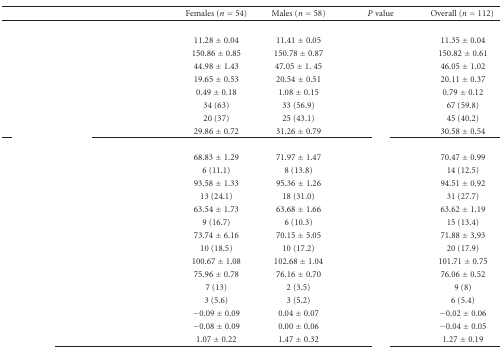
<table><thead><tr><td>[EMPTY_CELL]</td><td><b>Females (<i>n</i> = 54)</b></td><td><b>Males (<i>n</i> = 58)</b></td><td><b><i>P</i> value</b></td><td><b>Overall (<i>n</i> = 112) </b></td></tr></thead><tbody><tr><td>[EMPTY_CELL]</td><td>[EMPTY_CELL]</td><td>[EMPTY_CELL]</td><td>[EMPTY_CELL]</td><td>[EMPTY_CELL]</td></tr><tr><td>[EMPTY_CELL]</td><td>11.28 ± 0.04</td><td>11.41 ± 0.05</td><td>[EMPTY_CELL]</td><td>11.35 ± 0.04</td></tr><tr><td>[EMPTY_CELL]</td><td>150.86 ± 0.85</td><td>150.78 ± 0.87</td><td>[EMPTY_CELL]</td><td>150.82 ± 0.61</td></tr><tr><td>[EMPTY_CELL]</td><td>44.98 ± 1.43</td><td>47.05 ± 1. 45</td><td>[EMPTY_CELL]</td><td>46.05 ± 1.02</td></tr><tr><td>[EMPTY_CELL]</td><td>19.65 ± 0.53</td><td>20.54 ± 0.51</td><td>[EMPTY_CELL]</td><td>20.11 ± 0.37</td></tr><tr><td>[EMPTY_CELL]</td><td>0.49 ± 0.18</td><td>1.08 ± 0.15</td><td>[EMPTY_CELL]</td><td>0.79 ± 0.12</td></tr><tr><td>[EMPTY_CELL]</td><td>34 (63)</td><td>33 (56.9)</td><td>[EMPTY_CELL]</td><td>67 (59.8)</td></tr><tr><td>[EMPTY_CELL]</td><td>20 (37)</td><td>25 (43.1)</td><td>[EMPTY_CELL]</td><td>45 (40.2)</td></tr><tr><td>[EMPTY_CELL]</td><td> 29.86 ± 0.72</td><td>31.26 ± 0.79</td><td>[EMPTY_CELL]</td><td>30.58 ± 0.54</td></tr><tr><td>[EMPTY_CELL]</td><td>[EMPTY_CELL]</td><td>[EMPTY_CELL]</td><td>[EMPTY_CELL]</td><td>[EMPTY_CELL]</td></tr><tr><td>[EMPTY_CELL]</td><td>68.83 ± 1.29</td><td>71.97 ± 1.47</td><td>[EMPTY_CELL]</td><td>70.47 ± 0.99</td></tr><tr><td>[EMPTY_CELL]</td><td>6 (11.1)</td><td>8 (13.8)</td><td>[EMPTY_CELL]</td><td>14 (12.5)</td></tr><tr><td>[EMPTY_CELL]</td><td>93.58 ± 1.33</td><td>95.36 ± 1.26</td><td>[EMPTY_CELL]</td><td>94.51 ± 0.92</td></tr><tr><td>[EMPTY_CELL]</td><td>13 (24.1)</td><td> 18 (31.0)</td><td>[EMPTY_CELL]</td><td>31 (27.7)</td></tr><tr><td>[EMPTY_CELL]</td><td>63.54 ± 1.73</td><td>63.68 ± 1.66</td><td>[EMPTY_CELL]</td><td>63.62 ± 1.19</td></tr><tr><td>[EMPTY_CELL]</td><td>9 (16.7)</td><td> 6 (10.3)</td><td>[EMPTY_CELL]</td><td>15 (13.4)</td></tr><tr><td>[EMPTY_CELL]</td><td>73.74 ± 6.16</td><td>70.15 ± 5.05</td><td>[EMPTY_CELL]</td><td>71.88 ± 3.93</td></tr><tr><td>[EMPTY_CELL]</td><td>10 (18.5)</td><td> 10 (17.2)</td><td>[EMPTY_CELL]</td><td>20 (17.9)</td></tr><tr><td>[EMPTY_CELL]</td><td>100.67 ± 1.08</td><td>102.68 ± 1.04</td><td>[EMPTY_CELL]</td><td>101.71 ± 0.75</td></tr><tr><td>[EMPTY_CELL]</td><td>75.96 ± 0.78</td><td>76.16 ± 0.70</td><td>[EMPTY_CELL]</td><td>76.06 ± 0.52</td></tr><tr><td>[EMPTY_CELL]</td><td>7 (13)</td><td>2 (3.5)</td><td>[EMPTY_CELL]</td><td>9 (8)</td></tr><tr><td>[EMPTY_CELL]</td><td>3 (5.6)</td><td>3 (5.2)</td><td>[EMPTY_CELL]</td><td>6 (5.4)</td></tr><tr><td>[EMPTY_CELL]</td><td>−0.09 ± 0.09</td><td>0.04 ± 0.07</td><td>[EMPTY_CELL]</td><td>−0.02 ± 0.06</td></tr><tr><td>[EMPTY_CELL]</td><td>−0.08 ± 0.09</td><td>0.00 ± 0.06</td><td>[EMPTY_CELL]</td><td>−0.04 ± 0.05</td></tr><tr><td>[EMPTY_CELL]</td><td>1.07 ± 0.22</td><td>1.47 ± 0.32</td><td>[EMPTY_CELL]</td><td>1.27 ± 0.19</td></tr></tbody></table>